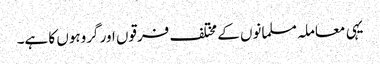
یہی معاملہ مسلمانوں کے مختلف فرقوں اور گروہوں کا ہے۔